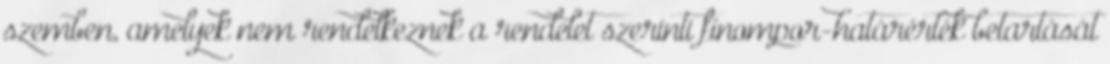
szemben, amelyek nem rendelkeznek a rendelet szerinti finompor-határérték betartását